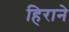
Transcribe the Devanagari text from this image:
हिराने